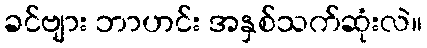
ခင်ဗျား ဘာဟင်း အနှစ်သက်ဆုံးလဲ။